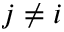
j \neq i